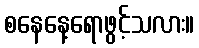
စနေနေ့ရောဖွင့်သလား။